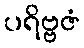
ပရိဗ္ဗဇံ